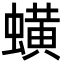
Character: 蟥